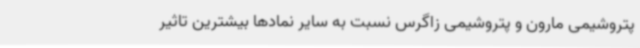
پتروشیمی مارون و پتروشیمی زاگرس نسبت به سایر نمادها بیشترین تاثیر